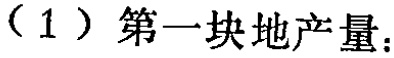
（1）第一块地产量：